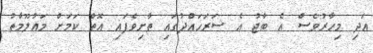
އަދި މިހާރުވެސް އެ ބާޖު އެ ސަރަހައްދުގައި ތާށިވެފައި އޮތް ކަމަށް މައުލޫމާތު